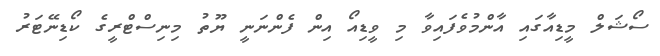
ސޯޝަލް މީޑިއާގައި އާންމުވެފައިވާ މި ވީޑިއޯ އިން ފެންނަނީ ޔޫތު މިނިސްޓްރީގެ ކޯޑިނޭޓަރު